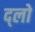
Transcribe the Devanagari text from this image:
द्लो